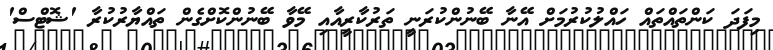
މިފަދަ ކަންތައްތައް ހައްލުކުރުމަށް އޭނާ ބޭނުންކުރަނީ ތަރުކާރީއާއި މޭވާ ބޭނުންކޮށްގެން ތައްޔާރުކުރާ 'ޝޮޓްސް'